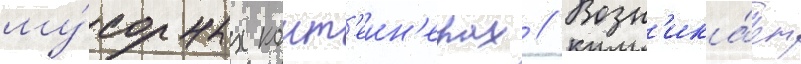
му́сорных конт'еин'ерах // Возн'ика́ет